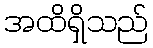
အထိရှိသည်